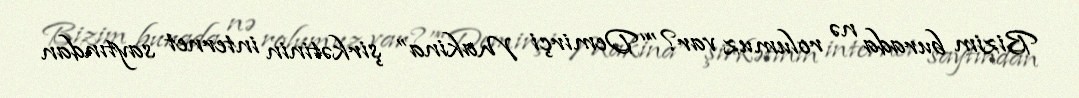
Bizim burada nə rolumuz var?”“Demirçi Makina” şirkətinin internet saytından